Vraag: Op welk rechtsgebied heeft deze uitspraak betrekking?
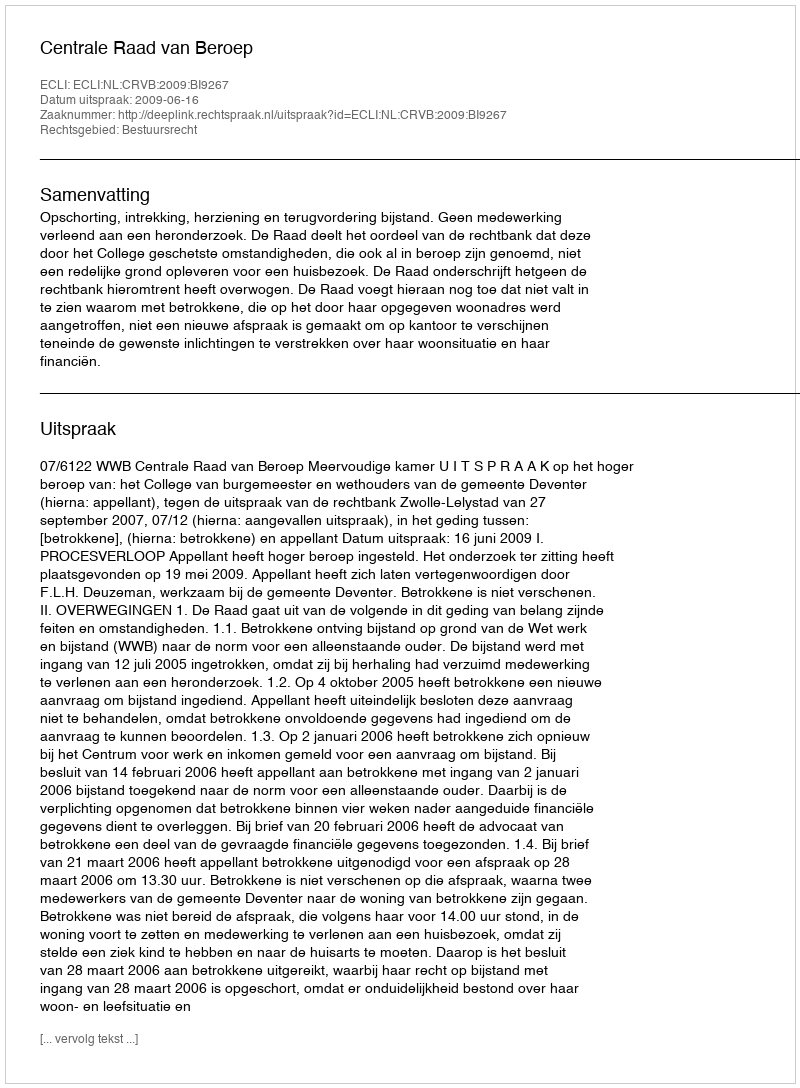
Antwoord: Bestuursrecht